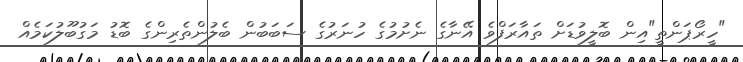
"ހީރޯޕަންތީ"އިން ބޮލީވުޑަށް ތައާރަފްވެ އޭނާގެ ނެށުމުގެ ހުނަރުގެ ސަބަބުން ބެލުންތެރިންގެ ބޮޑު މަގުބޫލުކަމެއް